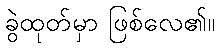
ခွဲထုတ်မှာ ဖြစ်လေ၏။